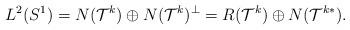
LaTeX: \begin{align*} L^2(S^1)=N(\mathcal{T}^k)\oplus N(\mathcal{T}^k)^{\perp}=R(\mathcal{T}^k)\oplus N(\mathcal{T}^{k*}).\end{align*}